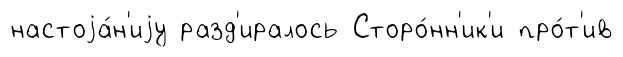
настоjа́н'иjу разд'иралось Сторо́нн'ик'и про́т'ив